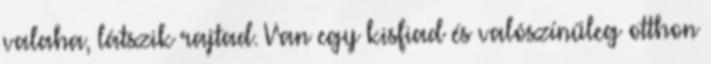
valaha, látszik rajtad. Van egy kisfiad és valószínűleg otthon